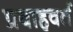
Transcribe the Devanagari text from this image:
प्रवाहवर्त